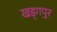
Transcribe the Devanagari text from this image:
खड्‍गपुर